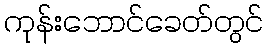
ကုန်းဘောင်ခေတ်တွင်